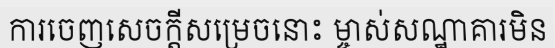
ការចេញសេចក្តីសម្រេចនោះ ម្ចាស់សណ្ឋាគារមិន